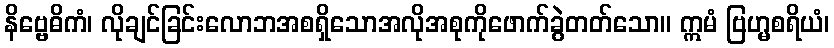
နိဗ္ဗေဓိကံ၊ လိုချင်ခြင်းလောဘအစရှိသောအလိုအစုကိုဖောက်ခွဲတတ်သော။ ဣမံ ဗြဟ္မစရိယံ၊